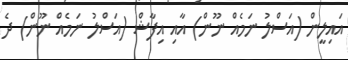
އައިލީން (އަސްލު ނަމެއް ނޫން) އާއި އިފާޝް (އަސްލު ނަމެއް ނޫން) ދެ